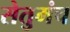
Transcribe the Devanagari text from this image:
सेतुमंच